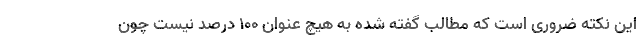
این نکته ضروری است که مطالب گفته شده به هیچ عنوان ۱۰۰ درصد نیست چون